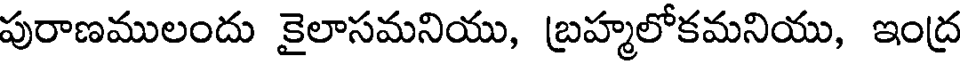
పురాణములందు కైలాసమనియు, బ్రహ్మలోకమనియు, ఇంద్ర